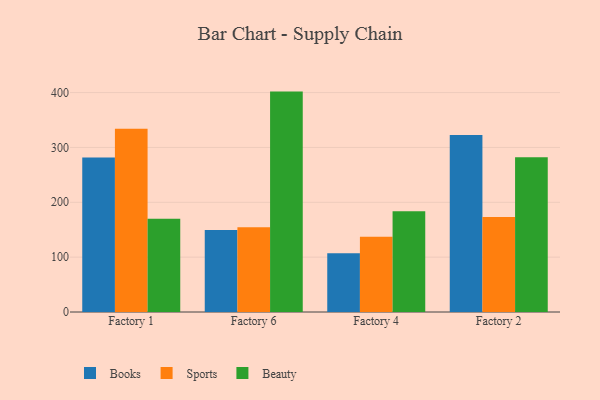
{"axis": {"x": "Factory", "y": "Demand Index"}, "legend": ["Beauty", "Books", "Sports"], "data": [{"x": "Factory 1", "y": 281.8, "type": "Books"}, {"x": "Factory 1", "y": 334.1, "type": "Sports"}, {"x": "Factory 1", "y": 170.1, "type": "Beauty"}, {"x": "Factory 6", "y": 149.3, "type": "Books"}, {"x": "Factory 6", "y": 154.6, "type": "Sports"}, {"x": "Factory 6", "y": 401.8, "type": "Beauty"}, {"x": "Factory 4", "y": 107.0, "type": "Books"}, {"x": "Factory 4", "y": 137.1, "type": "Sports"}, {"x": "Factory 4", "y": 183.9, "type": "Beauty"}, {"x": "Factory 2", "y": 322.6, "type": "Books"}, {"x": "Factory 2", "y": 173.4, "type": "Sports"}, {"x": "Factory 2", "y": 282.2, "type": "Beauty"}]}